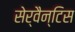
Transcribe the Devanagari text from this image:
सेर्वैन्टिस